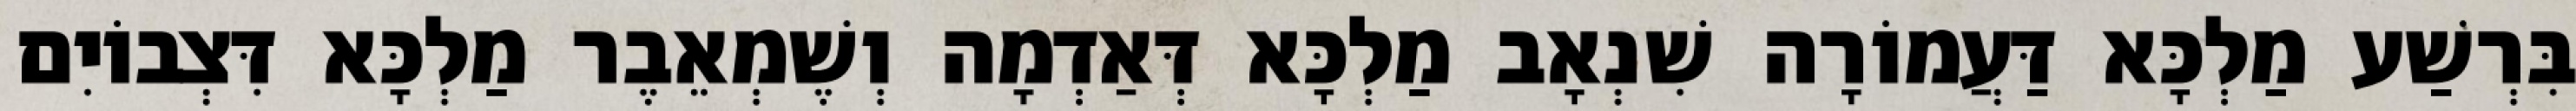
בִּרְשַׁע מַלְכָּא דַּעֲמוֹרָה שִׁנְאָב מַלְכָּא דְּאַדְמָה וְשֶׁמְאֵבֶר מַלְכָּא דִּצְבוֹיִם